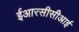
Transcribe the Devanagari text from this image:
ईआरसीसीआई